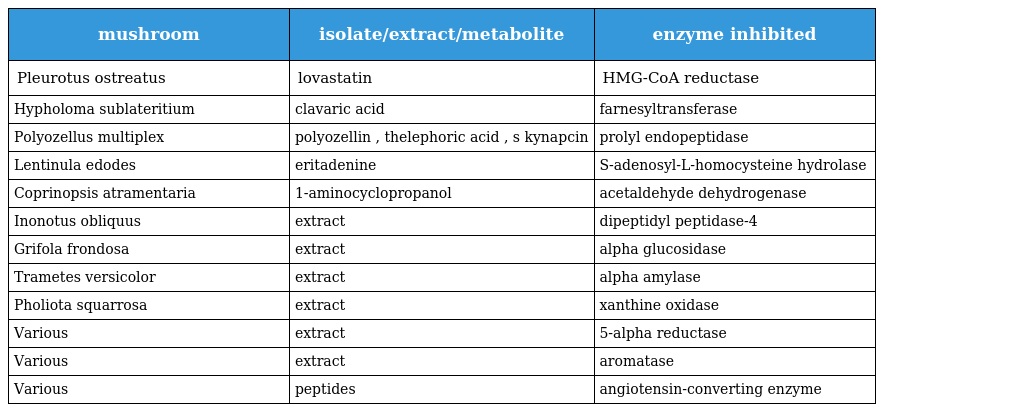
| mushroom | isolate/extract/metabolite | enzyme inhibited |
 | --- | --- | --- |
 | Pleurotus ostreatus | lovastatin | HMG-CoA reductase |
 | Hypholoma sublateritium | clavaric acid | farnesyltransferase |
 | Polyozellus multiplex | polyozellin , thelephoric acid , s kynapcin | prolyl endopeptidase |
 | Lentinula edodes | eritadenine | S-adenosyl-L-homocysteine hydrolase |
 | Coprinopsis atramentaria | 1-aminocyclopropanol | acetaldehyde dehydrogenase |
 | Inonotus obliquus | extract | dipeptidyl peptidase-4 |
 | Grifola frondosa | extract | alpha glucosidase |
 | Trametes versicolor | extract | alpha amylase |
 | Pholiota squarrosa | extract | xanthine oxidase |
 | Various | extract | 5-alpha reductase |
 | Various | extract | aromatase |
 | Various | peptides | angiotensin-converting enzyme |